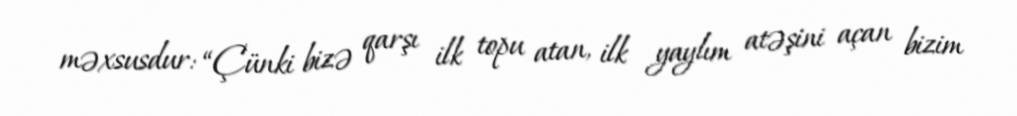
məxsusdur: “Çünki bizə qarşı ilk topu atan, ilk yaylım atəşini açan bizim